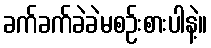
ခက်ခက်ခဲခဲမစဉ်းစားပါနဲ့။